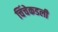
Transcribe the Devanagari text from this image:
चिंचेकडली